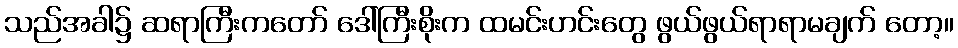
သည်အခါ၌ ဆရာကြီးကတော် ဒေါ်ကြီးစိုးက ထမင်းဟင်းတွေ ဖွယ်ဖွယ်ရာရာမချက် တော့။